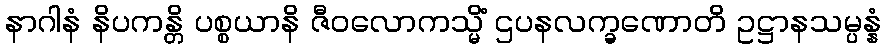
နာဂါနံ နိပကန္တိ ပစ္စယာနိ ဇီဝလောကသ္မိံ ဌပနလက္ခဏောတိ ဥဋ္ဌာနသမ္ပန္နံ